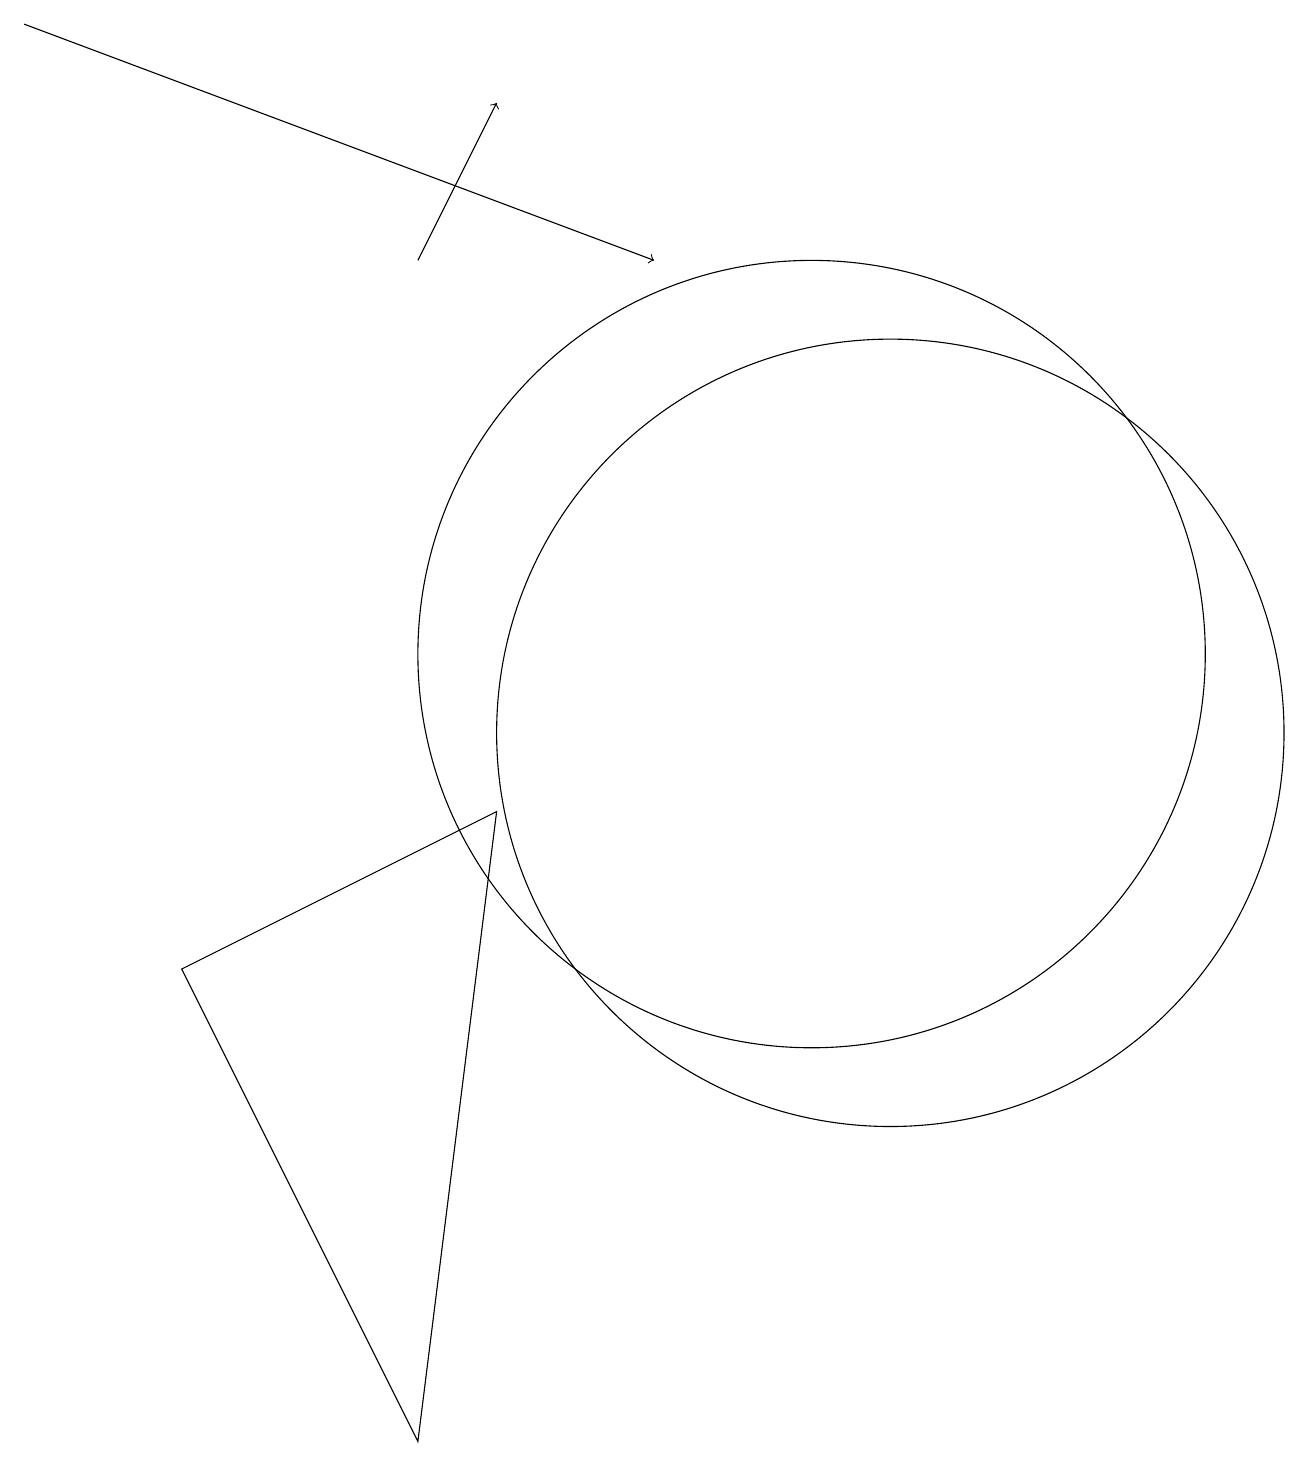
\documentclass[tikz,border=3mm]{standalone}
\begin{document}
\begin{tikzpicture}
\draw (12,10) circle (5);
\draw[->] (6,16) -- (7,18);
\draw[->] (1,19) -- (9,16);
\draw (3,7) -- (6,1) -- (7,9) -- cycle;
\draw (11,11) circle (0);
\draw (11,11) circle (5);
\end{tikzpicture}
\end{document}